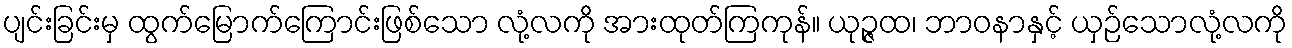
ပျင်းခြင်းမှ ထွက်မြောက်ကြောင်းဖြစ်သော လုံ့လကို အားထုတ်ကြကုန်။ ယုဉ္ဇထ၊ ဘာဝနာနှင့် ယှဉ်သောလုံ့လကို